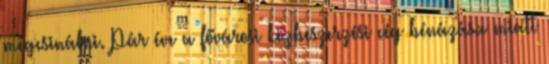
megcsinálni. Pár éve a fővárosi közbeszerzési cég bénázása miatt